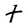
Character: t